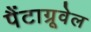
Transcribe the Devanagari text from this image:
पैंटाग्रूवेल